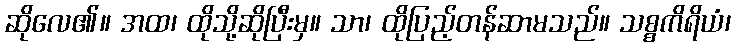
ဆိုလေ၏။ အထ၊ ထိုသို့ဆိုပြီးမှ။ သာ၊ ထိုပြည့်တန်ဆာမသည်။ သစ္စကိရိယံ၊